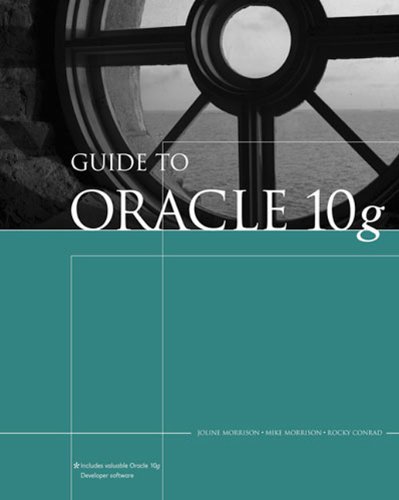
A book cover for Guide to Oracle 10g (Thomson Course Technology); Joline Morrison; Computers & Technology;